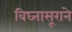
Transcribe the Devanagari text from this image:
विघ्नासूराने